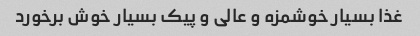
غذا بسیار خوشمزه و عالی و پیک بسیار خوش برخورد